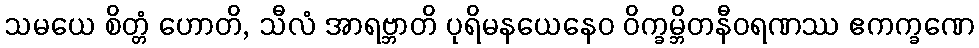
သမယေ စိတ္တံ ဟောတိ, သီလံ အာရဗ္ဘာတိ ပုရိမနယေနေဝ ဝိက္ခမ္ဘိတနီဝရဏဿ ဧကက္ခဏေ